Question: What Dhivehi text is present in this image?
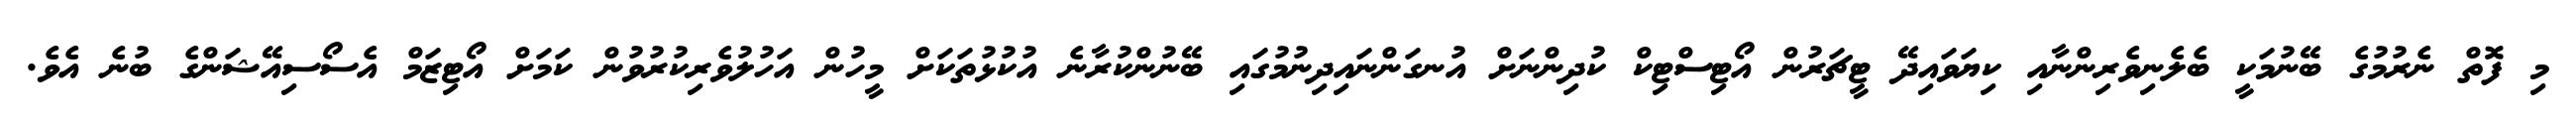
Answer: މި ފޮތް ނެރުމުގެ ބޭނުމަކީ ބެލެނިވެރިންނާއި ކިޔަވައިދޭ ޓީޗަރުން އޯޓިސްޓިކް ކުދިންނަށް އުނގަންނައިދިނުމުގައި ބޭނުންކުރާނެ އުކުޅުތަކަށް މީހުން އަހުލުވެރިކުރުވުން ކަމަށް އޯޓިޒަމް އެސޯސިއޭޝަންގެ ބުނެ އެވެ.